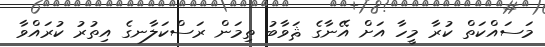
މަސައްކަތް ކުރާ މީހާ އަށް އޭނާގެ ޘަވާބު ތިމަން ރަސްކަލާނގެ އިތުރު ކުރައްވާ